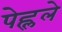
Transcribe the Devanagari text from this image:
पेह्लले